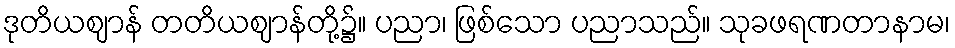
ဒုတိယဈာန် တတိယဈာန်တို့၌။ ပညာ၊ ဖြစ်သော ပညာသည်။ သုခဖရဏတာနာမ၊